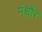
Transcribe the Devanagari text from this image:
मंधौर